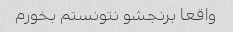
واقعا برنجشو نتونستم بخورم